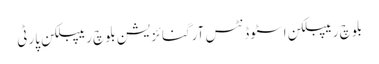
بلوچ ریپبلکن اسٹوڈنٹس آرگنائزیشن بلوچ ریپبلکن پارٹی